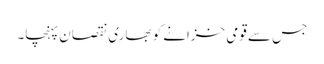
جس سے قومی خزانے کو بھاری نقصان پہنچا۔